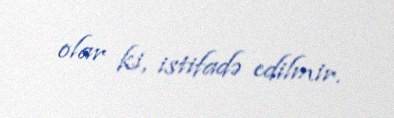
olar ki, istifadə edilmir.